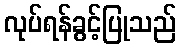
လုပ်ရန်ခွင့်ပြုသည်